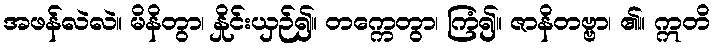
အဖန်လဲလဲ။ မိနိတွာ၊ နှိုင်းယှဉ်၍။ တက္ကေတွာ၊ ကြံ၍။ ဇာနိတဗ္ဗာ၊ ၏။ ဣတိ